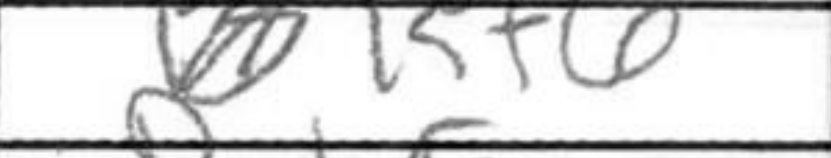
Transcription: Kf6